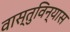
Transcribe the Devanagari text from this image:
वास्तुविन्यास